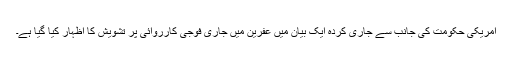
امریکی حکومت کی جانب سے جاری کردہ ایک بیان میں عفرین میں جاری فوجی کارروائی پر تشویش کا اظہار کیا گیا ہے۔